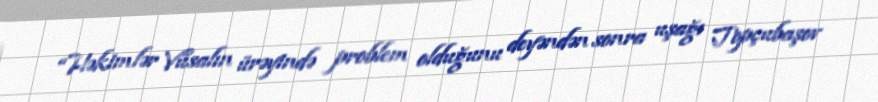
“Həkimlər Vüsalın ürəyində problem olduğunu deyəndən sonra uşağı Topçubaşov